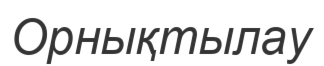
Орнықтылау